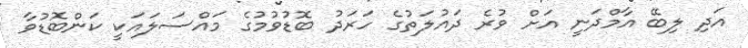
އަދި ލިބޭ އާމްދަނީ އަށް ވުރެ ދައުލަތުގެ ހަރަދު ބޮޑުވުމުގެ މައްސަލައަކީ ކަންބޮޑުވާ